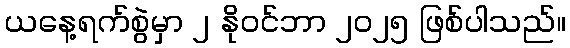
ယနေ့ရက်စွဲမှာ ၂ နိုဝင်ဘာ ၂၀၂၅ ဖြစ်ပါသည်။